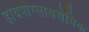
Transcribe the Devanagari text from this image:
हायपोग्लायसेमिक